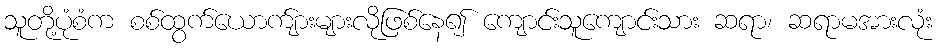
သူတို့ပုံစံက စစ်ထွက်ယောက်ျားများလိုဖြစ်နေ၍ ကျောင်းသူကျောင်းသား ဆရာ၊ ဆရာမအားလုံး